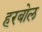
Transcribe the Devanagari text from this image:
हरबोल